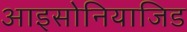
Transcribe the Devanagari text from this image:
आइसोनियाजिड